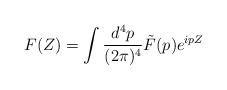
LaTeX: \begin{align*}F(Z)=\int \frac{d^4p}{(2{\pi})^4}\tilde{F}(p) e^{ipZ}\end{align*}